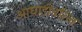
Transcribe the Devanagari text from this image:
आघाडीवरिल